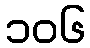
၁၀၆